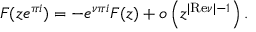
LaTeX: F ( z e ^ { \pi i } ) = - e ^ { \nu \pi i } F ( z ) + o \left( z ^ { | { \mathrm { R e } } \nu | - 1 } \right) .